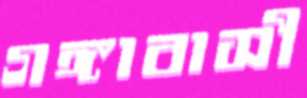
গঙ্গাবাসী